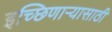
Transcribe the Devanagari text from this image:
इच्छिणाऱ्यासाठी